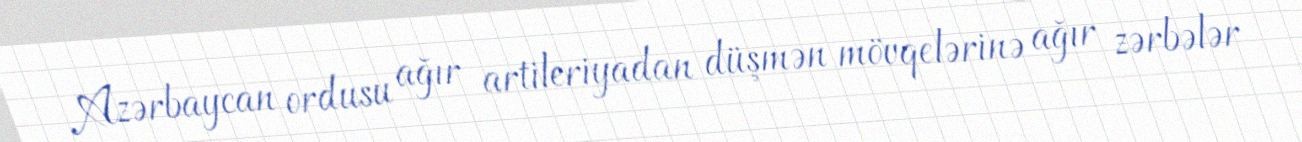
Azərbaycan ordusu ağır artileriyadan düşmən mövqelərinə ağır zərbələr